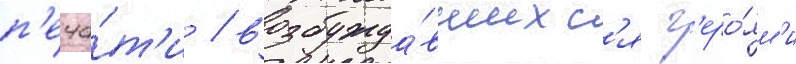
п'еча́т'и / возбужда́вшихс'я г'еро́ям'и